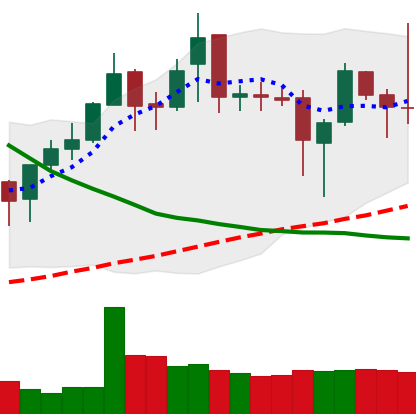
Ticker: XMR-USD
Chart end date: 2019-03-30
Forward return: 19.599%
Label: up_7plus